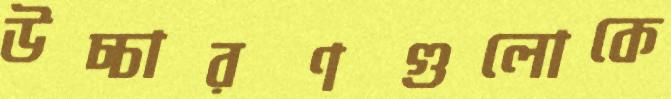
উচ্চারণগুলোকে